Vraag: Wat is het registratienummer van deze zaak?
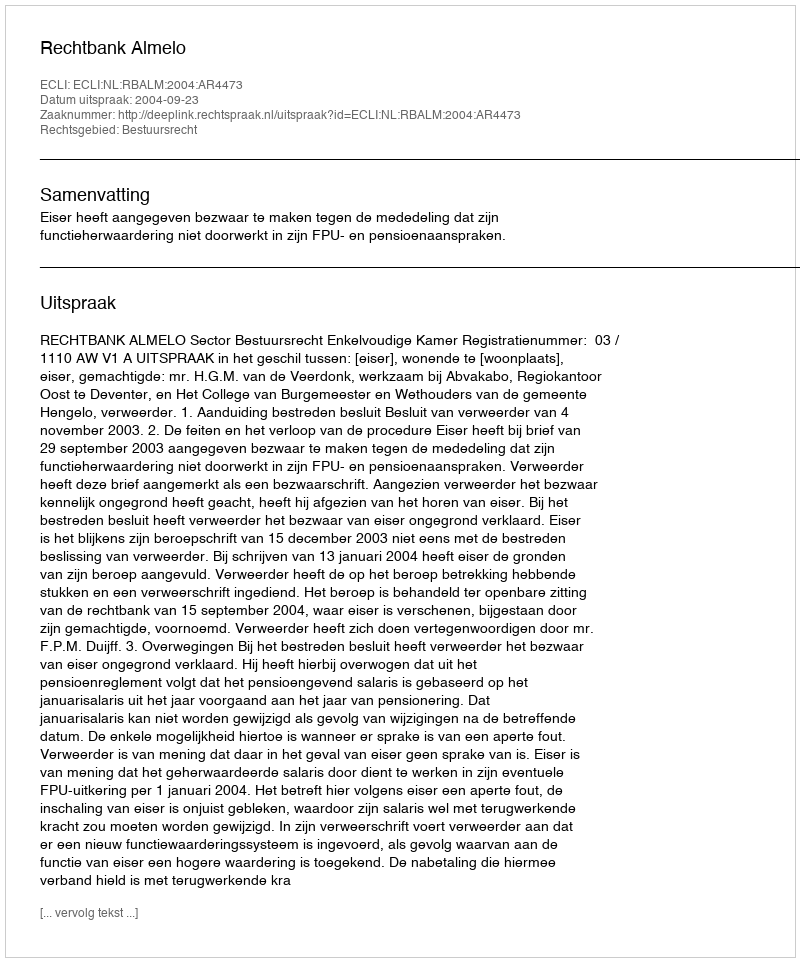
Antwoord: http://deeplink.rechtspraak.nl/uitspraak?id=ECLI:NL:RBALM:2004:AR4473